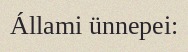
Állami ünnepei: